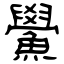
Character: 鱟